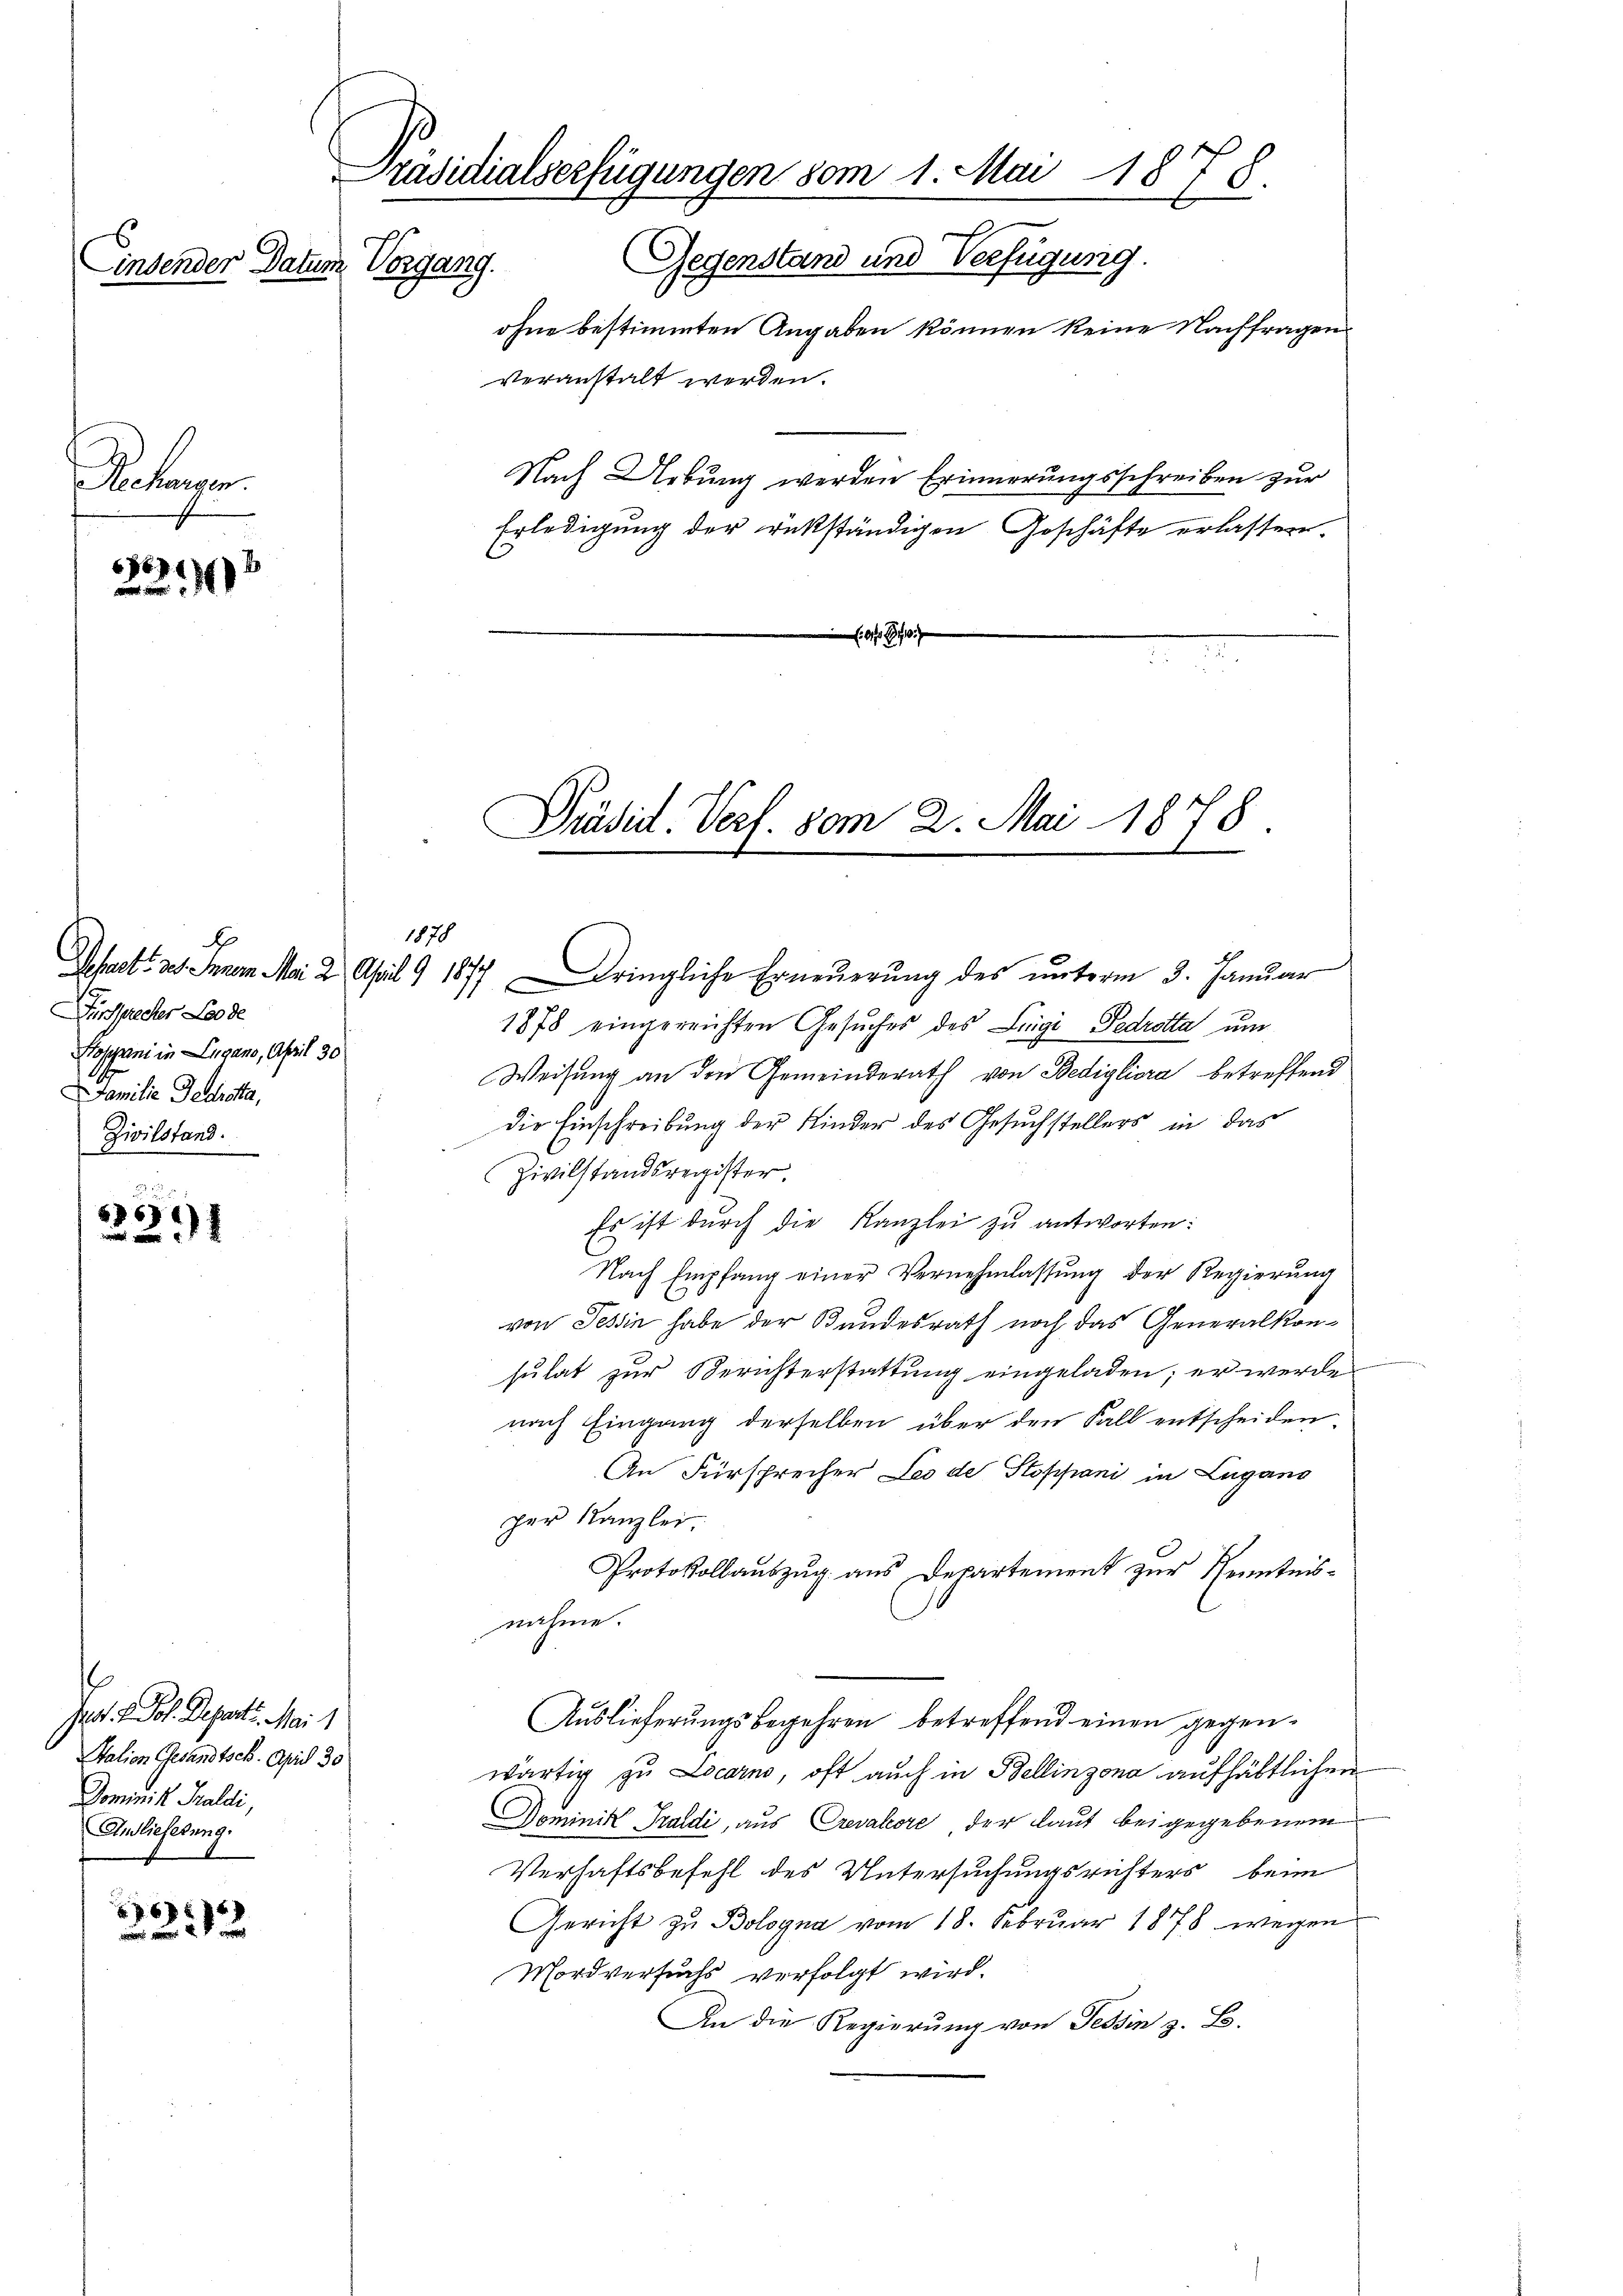
Einsender Datum Vorgang.

Bechen.

2219

3291

Jes. v. Joh. Depart. Mai 1
Station Gesandtsch. April 30
Domini Praldi,
Anlieferung.

f 6 xx
22

Präsidialserfügungen vom 1. Mai 1878.
Gegenstand und Verfügung.
ohne bestimmten Angaben können keine Nachfragen
veranstalt werden.
Nach Uebung werden Erinnerungsschreiben zur
Erledigung der rükständigen Geschäfte erlassen.

b
Fürsprecher Leode
Stoppani in Lugano, April 30
Familie Gedretta,
Zivilstand.

1878

Präsid. Verf. vom 2. Mai 1878.

Departe des Innern Mai 2 April 9 1877 Dringliche Erneŭerŭng des ŭnterm 3. Januar
1878 eingereichten Gesŭches des Luigi Pedrotta um
Weisung an den Gemeinderath von Bedigliora betreffend
die Einschreibung der Kinder des Gesuchstellers in das
Zivilstandsregister.
Es ist durch die Kanzlei zu antworten:
Nach Empfang einer Vernehmlassŭng der Regierŭng
von Tessin habe der Bundesrath noch das Generalkonsŭlat zŭr Berichterstattŭng eingeladen; er werde
nach Eingang derselben über den Fall entscheiden.
An Fürsprecher Les de Stoppani in Lugano
per Kanzlei.
Protokollaŭszŭg ans Departement zŭr Kenntnis-
nahme.
Auslieferungsbegehren betreffend einen gegenwärtig zu Locarno, oft auch in Bellinzona aufhältlichen
Dominik Traldi, aus Crevalore, der laut bei gegebenem
Verhaftsbefehl des Untersuchungsrichters beim
Gericht zu Bologna vom 18. Februar 1878 wegen
Mordversuchs verfolgt wird.
An die Regierung von Tessin z. B.